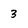
Character: 3